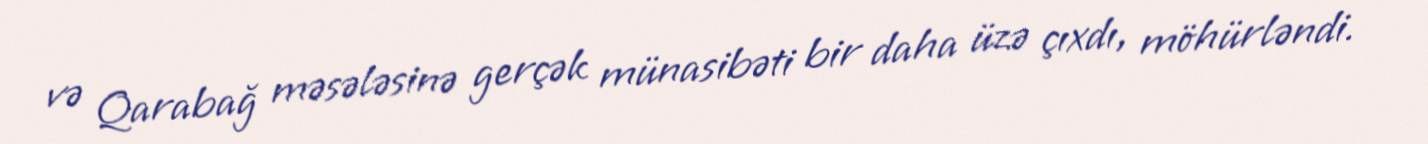
və Qarabağ məsələsinə gerçək münasibəti bir daha üzə çıxdı, möhürləndi.